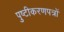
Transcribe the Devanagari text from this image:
पुष्टीकरणपत्रों